Vaccine operations Central Provinces 1900-1911 - 1900-1911
Year: 1900
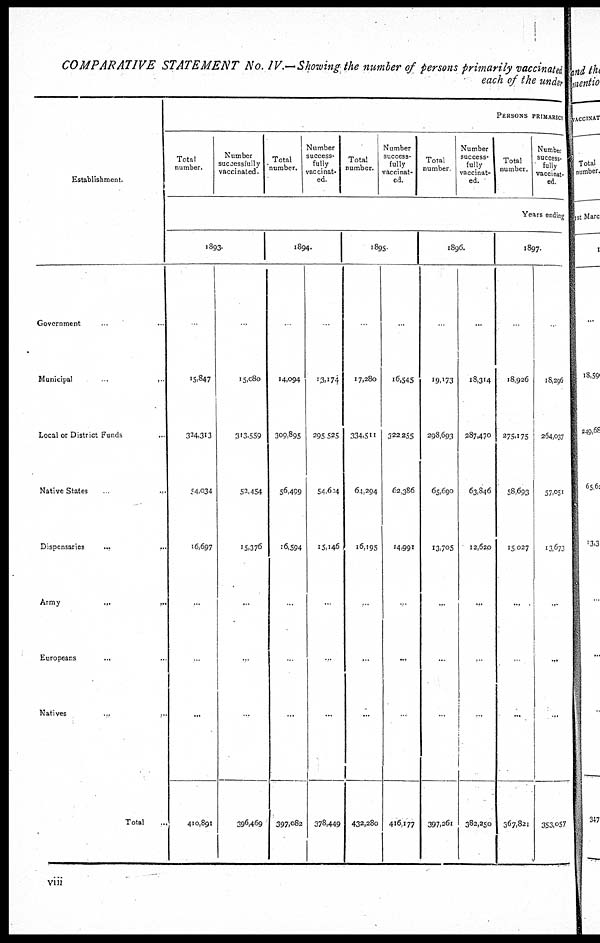
COMPARATIVE STATEMENT No. IV.— Showing the number of persons primarily vaccinated
each of the under
Establishment.
Government ... ...
Municipal
...
...
Local or District Funds ...
Native States ...
Dispensaries ... ...
Army
...
...
Europeans ... ...
Natives ... ...
Total ...
PERSONS PRIMARIY
Total
number.
Number
successfully
vaccinated.
Total
number.
Number
success-
fully
vaccinat-
ed.
Total
number.
Number
success-
fully
vaccinat-
ed.
Total
number
Number
success-
fully
vaccinat-
ed.
Total
number.
Number
success-
fully
vaccinat-
ed
Years ending
1893.
...
15,847
324,313
54,034
16,697
...
...
...
410,891
...
15,080
313,559
52,454
15,376
...
...
...
396,469
1894.
...
14,094
309,895
56,499
16,594
...
...
...
397,082
...
13,174
295,525
54,604
15,146
...
...
...
378,449
1895.
...
17,280
334,511
64,294
16,195
...
...
...
432,280
...
16,545
322,255
62,386
14,991
...
...
...
416,177
1896.
...
19,173
298,693
65,690
13,705
...
...
...
397,261
...
18,314
287,470
63,846
12,620
...
...
...
382,250
1897.
...
18,926
275,175
58,693
15,027
...
...
...
367,821
...
18,296
264,037
57,051
13,673
...
...
...
353,057
viii